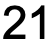
21